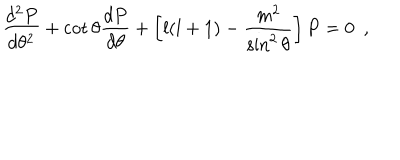
\frac { d ^ { 2 } P } { d \theta ^ { 2 } } + \cot \theta \frac { d P } { d \theta } + \left[ l ( l + 1 ) - \frac { m ^ { 2 } } { \sin ^ { 2 } \theta } \right] P = 0 ~ ~ ,